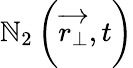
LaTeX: \mathbb{N}_{2}\left(\overrightarrow{{r_{\perp}}},t\right)